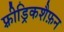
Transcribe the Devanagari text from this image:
फ़्रीड्रिकशैफ़न